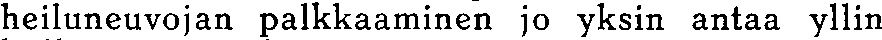
heiluneuvojan palkkaaminen jo yksin antaa yllin